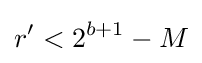
r'<2^{b+1}-M